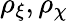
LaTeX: \rho_{\xi},\rho_{\chi}